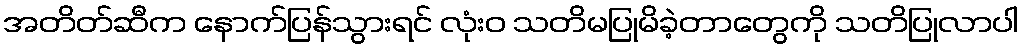
အတိတ်ဆီက နောက်ပြန်သွားရင် လုံးဝ သတိမပြုမိခဲ့တာတွေကို သတိပြုလာပါ